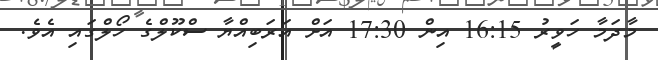
މާދަމާ ހަވީރު 16:15 އިން 17:30 އަށް އަރަބިއްޔާ ސްކޫލްގެ ހޯލްގައި އެވެ.